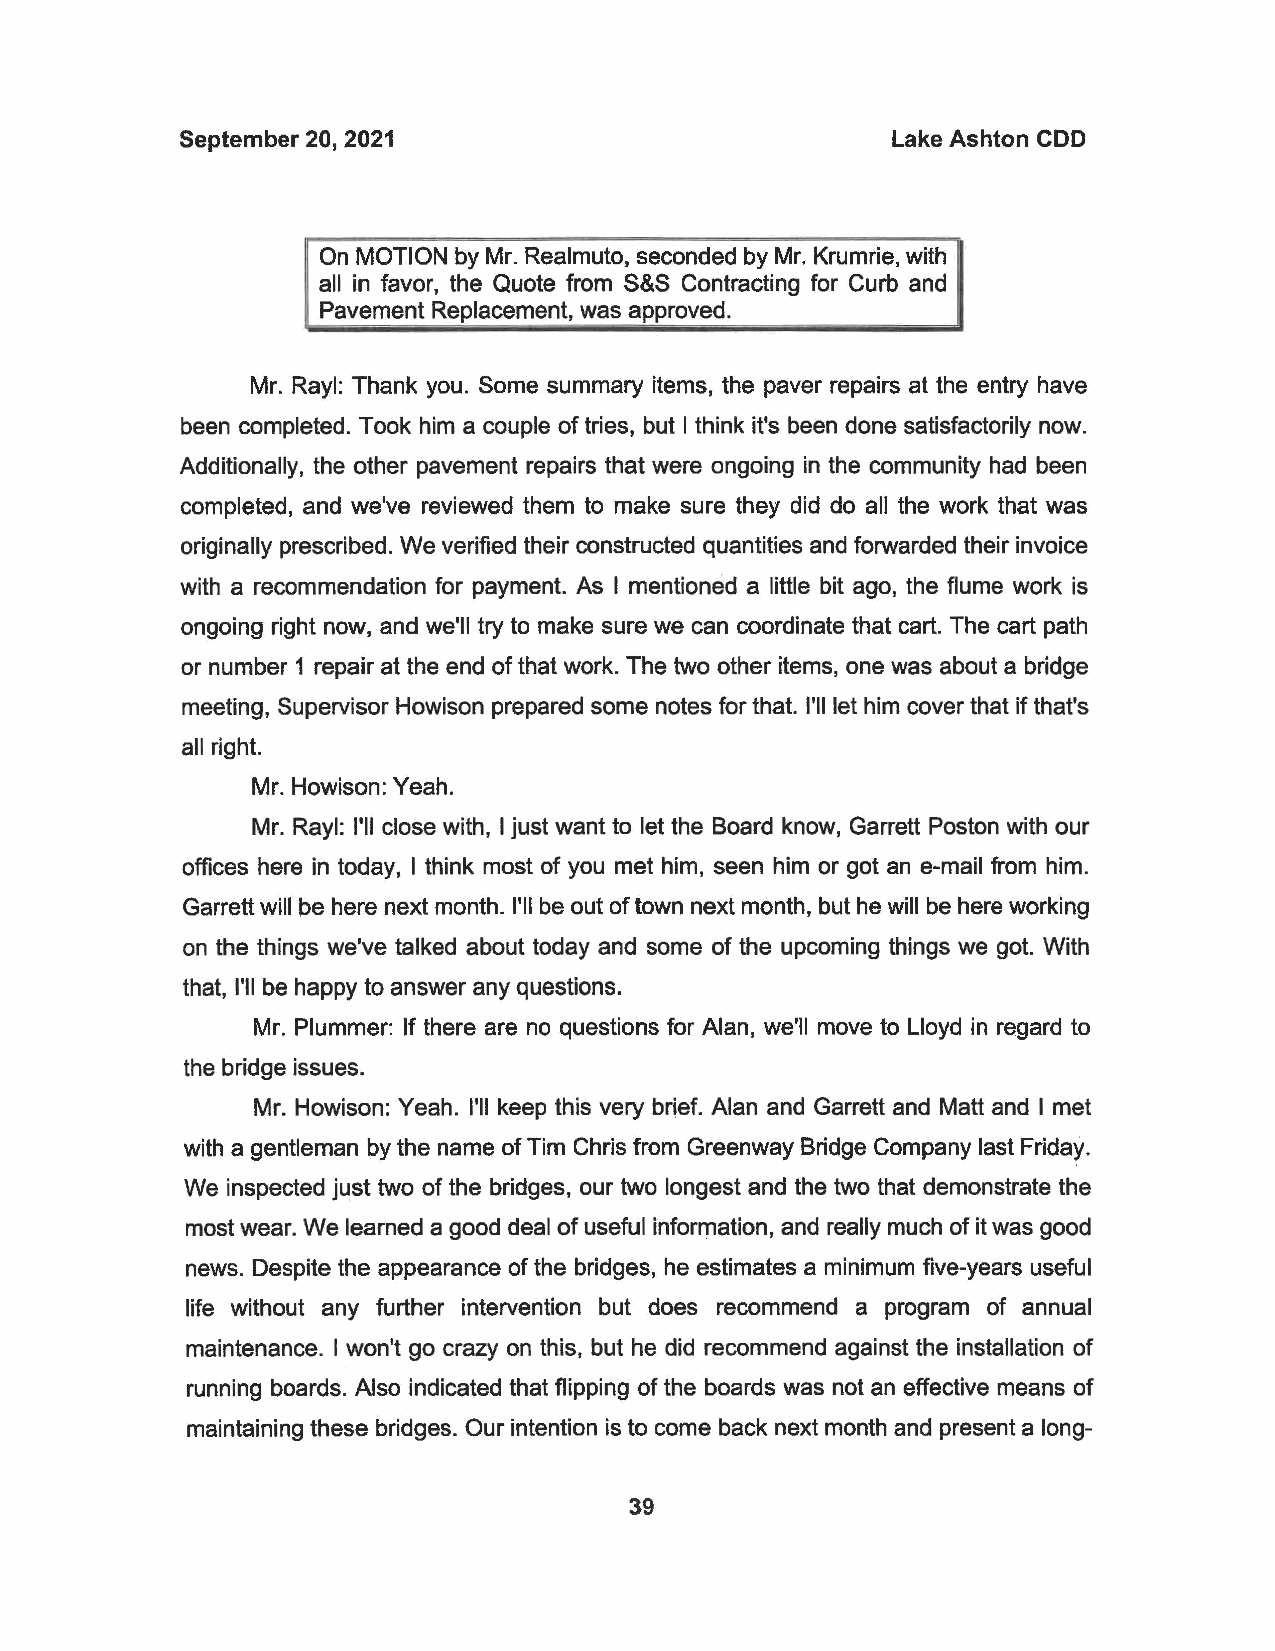
September 20, 2021                             Lake Ashton CDD
 On MOTION by Mr. Realmuto, seconded by Mr. Krumrie, with
 all in favor, the Quote from S&S Contracting for Curb and
 Pavement Replacement, was approved.
 Mr. Rayl: Thank you. Some summary items, the paver repairs at the entry have
 been completed. Took him a couple of tries, but I think it's been done satisfactorily now.
 Additionally, the other pavement repairs that were ongoing in the community had been
 completed, and we've reviewed them to make sure they did do all the work that was
 originally prescribed. We verified their constructed quantities and forwarded their invoice
 with a recommendation for payment. As I mentioned a little bit ago, the flume work is
 ongoing right now, and we'll try to make sure we can coordinate that cart. The cart path
 or number 1 repair at the end of that work. The two other items, one was about a bridge
 meeting, Supervisor Howison prepared some notes for that. I'll let him cover that if that's
 all right.
 Mr. Howison: Yeah.
 Mr. Rayl: I'll close with, I just want to let the Board know, Garrett Poston with our
 offices here in today, I think most of you met him, seen him or got an e-mail from him.
 Garrett will be here next month. I'll be out of town next month, but he will be here working
 on the things we've talked about today and some of the upcoming things we got. With
 that, I'll be happy to answer any questions.
 Mr. Plummer: If there are no questions for Alan, we'll move to Lloyd in regard to
 the bridge issues.
 Mr. Howison: Yeah. I'll keep this very brief. Alan and Garrett and Matt and I met
 with a gentleman by the name of Tim Chris from Greenway Bridge Company last Friday.
 We inspected just two of the bridges, our two longest and the two that demonstrate the
 most wear. We learned a good deal of useful information, and really much of it was good
 news. Despite the appearance of the bridges, he estimates a minimum five-years useful
 life without any further intervention but does recommend a program of annual
 maintenance. I won't go crazy on this, but he did recommend against the installation of
 running boards. Also indicated that flipping of the boards was not an effective means of
 maintaining these bridges. Our intention is to come back next month and present a long-
 39